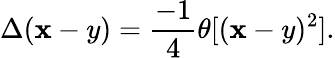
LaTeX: \Delta(\mathbf{x}-y)=\frac{{-1}}{{4}}\theta[(\mathbf{x}-y)^{2}].